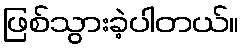
ဖြစ်သွားခဲ့ပါတယ်။